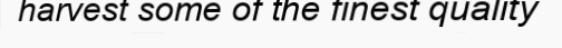
harvest some of the finest quality